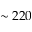
\sim 2 2 0